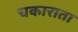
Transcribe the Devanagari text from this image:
चकाराता